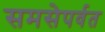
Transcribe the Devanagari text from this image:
समसेपर्वत